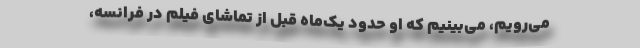
می‌رویم، می‌بینیم که او حدود یک‌ماه قبل از تماشای فیلم در فرانسه،